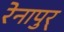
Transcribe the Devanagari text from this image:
रेनापुर्